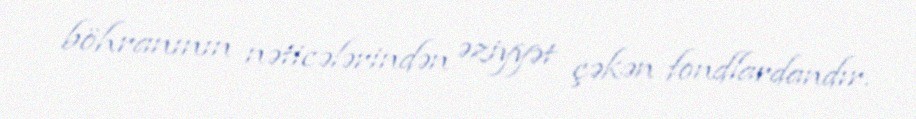
böhranının nəticələrindən əziyyət çəkən fondlardandır.